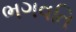
ભગવતિ